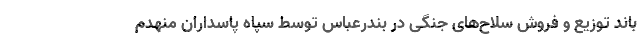
باند توزیع و فروش سلاح‌های جنگی در بندرعباس توسط سپاه پاسداران منهدم